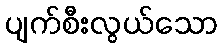
ပျက်စီးလွယ်သော